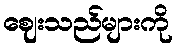
ဈေးသည်များကို